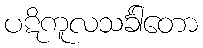
ပဋိကူလသင်္ခါတော